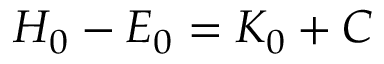
H _ { 0 } - E _ { 0 } = K _ { 0 } + C